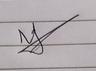
Signature authenticity: genuine